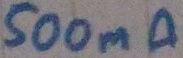
Text: 500mA